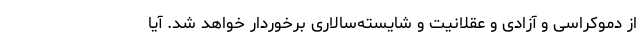
از دموکراسی و آزادی و عقلانیت و شایسته‌سالاری برخوردار خواهد شد. آیا